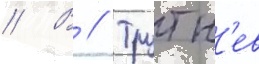
// В // Трутн'ев